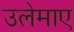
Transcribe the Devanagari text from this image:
उलेमाए